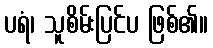
ပရံ၊ သူစိမ်းပြင်ပ ဖြစ်၏။